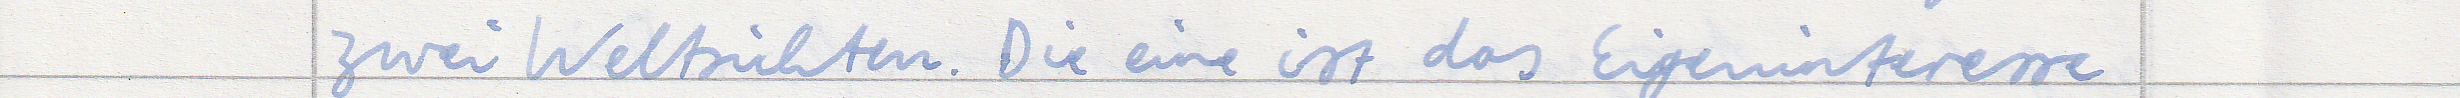
zwei Weltsichten. Die eine ist das Eigeninteresse